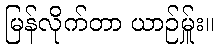
မြန်လိုက်တာ ယာဉ်မ်ှူး။